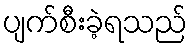
ပျက်စီးခဲ့ရသည်